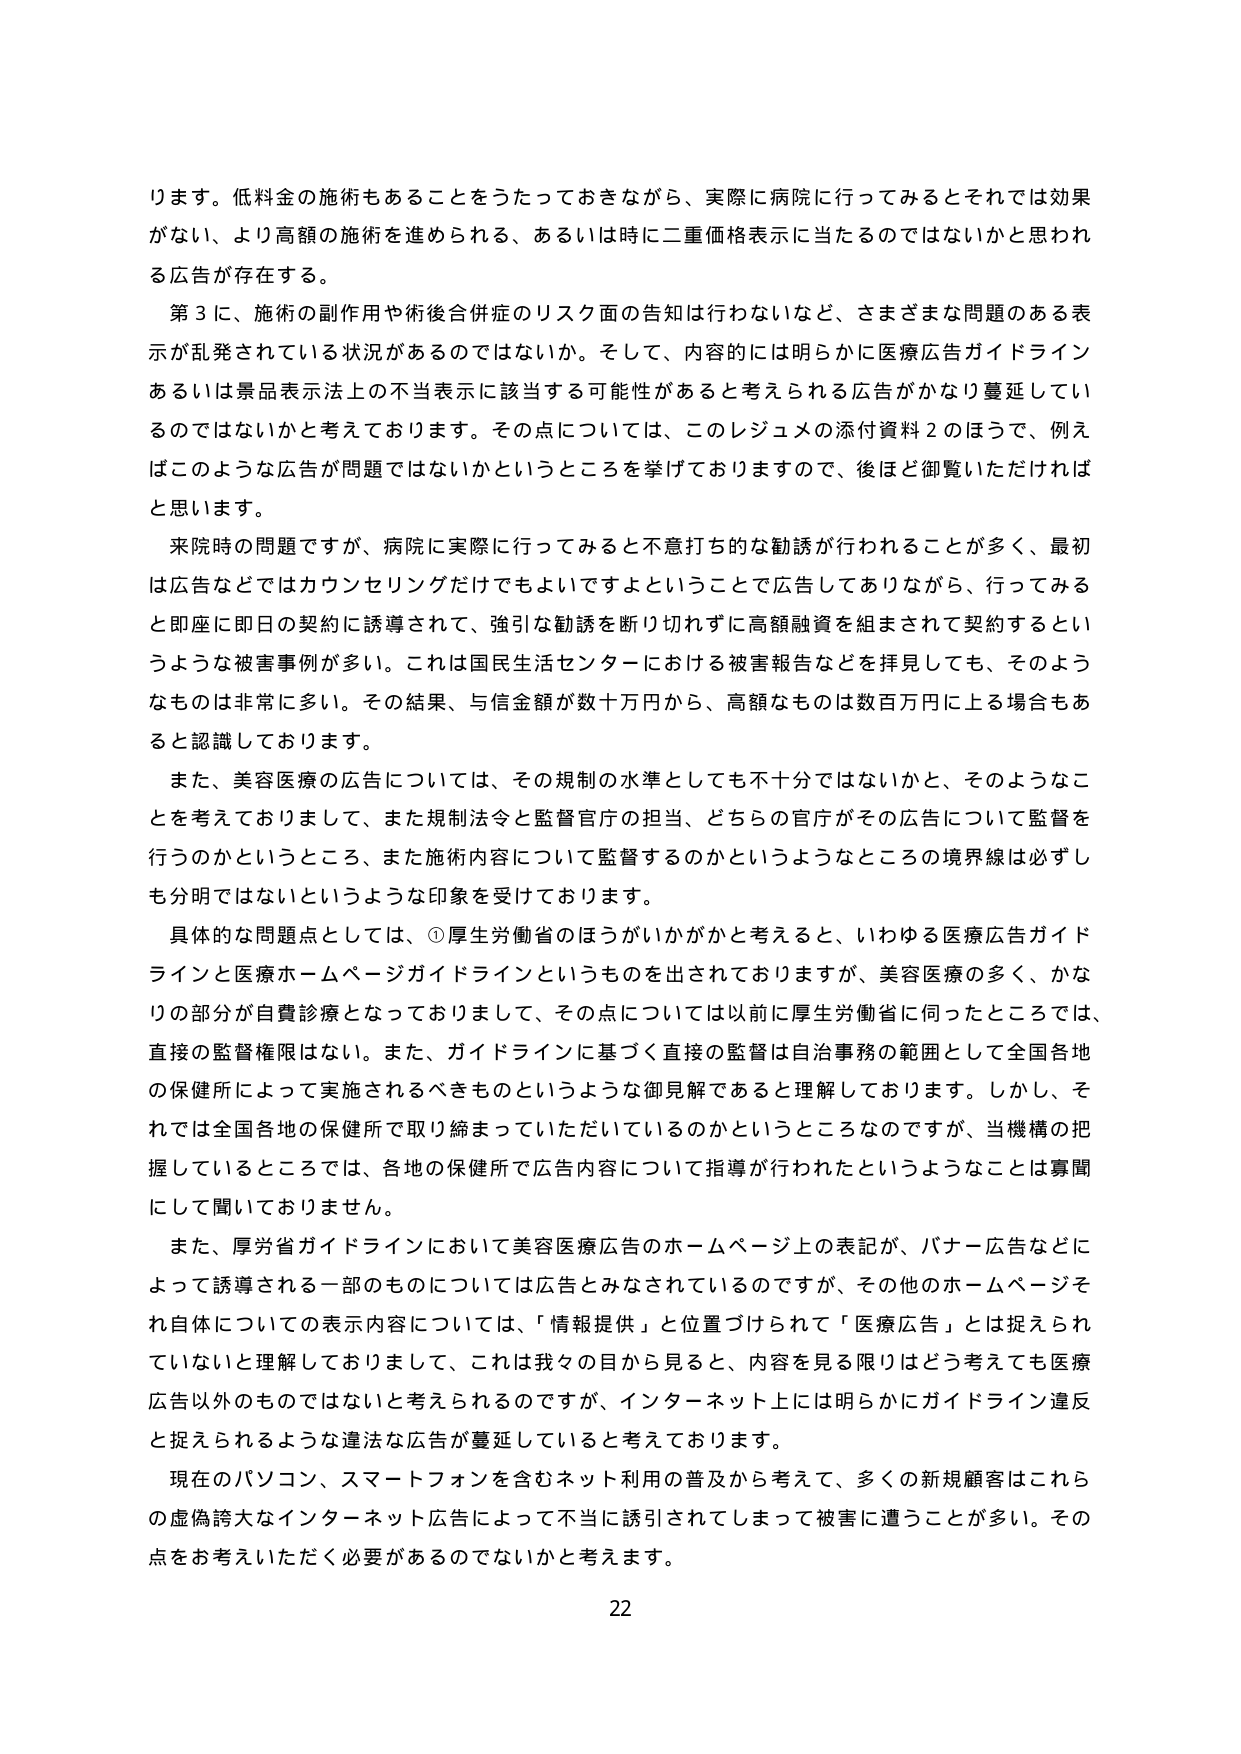
ります。低料金の施術もあることをうたっておきながら、実際に病院に行ってみるとそれでは効果がない、より高額の施術を進められる、あるいは時に二重価格表示に当たるのではないかと思われる広告が存在する。

第3に、施術の副作用や術後合併症のリスク面の告知は行わないなど、さまざまな問題のある表示が乱発されている状況があるのではないか。そして、内容的には明らかに医療広告ガイドラインあるいは景品表示法上の不当表示に該当する可能性があると考えられる広告がかなり蔓延しているのではないかと考えております。その点については、このレジュメの添付資料2のほうで、例えばこのような広告が問題ではないかというところを挙げておりますので、後ほど御覧いただければと思います。

来院時の問題ですが、病院に実際に行ってみると不意打ち的な勧誘が行われることが多く、最初は広告などではカウンセリングだけでもよいですよということで広告してありながら、行ってみると即座に即日の契約に誘導されて、強引な勧誘を断り切れずに高額融資を組まされて契約するというような被害事例が多い。これは国民生活センターにおける被害報告などを拝見しても、そのようなものは非常に多い。その結果、与信金額が数十万円から、高額なものは数百万円に上る場合もあると認識しております。

また、美容医療の広告については、その規制の水準としても不十分ではないかと、そのようなことを考えておりまして、また規制法令と監督官庁の担当、どちらの官庁がその広告について監督を行うのかというところ、また施術内容について監督するのかというようなところの境界線は必ずしも分明ではないというような印象を受けております。

具体的な問題点としては、①厚生労働省のほうがいかがかと考えると、いわゆる医療広告ガイドラインと医療ホームページガイドラインというものを出されておりますが、美容医療の多く、かなりの部分が自費診療となっておりまして、その点については以前に厚生労働省に伺ったところでは、直接の監督権限はない。また、ガイドラインに基づく直接の監督は自治事務の範囲として全国各地の保健所によって実施されるべきものというような御見解であると理解しております。しかし、それでは全国各地の保健所で取り締まっていただいているのかというところなのですが、当機構の把握しているところでは、各地の保健所で広告内容について指導が行われたというようなことは寡聞にして聞いておりません。

また、厚労省ガイドラインにおいて美容医療広告のホームページ上の表記が、バナー広告などによって誘導される一部のものについては広告とみなされているのですが、その他のホームページそれ自体についての表示内容については、「情報提供」と位置づけられて「医療広告」とは捉えられていないと理解しております。これは我々の目から見ると、内容を見る限りはどう考えても医療広告以外のものではないと考えられるのですが、インターネット上には明らかにガイドライン違反と捉えられるような違法な広告が蔓延していると考えております。

現在のパソコン、スマートフォンを含むネット利用の普及から考えて、多くの新規顧客はこれらの虚偽誇大なインターネット広告によって不当に誘引されてしまって被害に遭うことが多い。その点をお考えいただく必要があるのではないかと考えます。

22